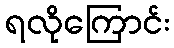
ရလိုကြောင်း